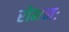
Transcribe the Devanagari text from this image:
रोमनः